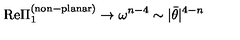
\mathrm { R e } \Pi _ { 1 } ^ { \mathrm { ( n o n \mathrm { - } p l a n a r ) } } \rightarrow \omega ^ { n - 4 } \sim | \bar { \theta } | ^ { 4 - n }